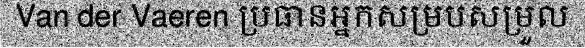
Van der Vaeren ប្រធានអ្នកសម្របសម្រួល